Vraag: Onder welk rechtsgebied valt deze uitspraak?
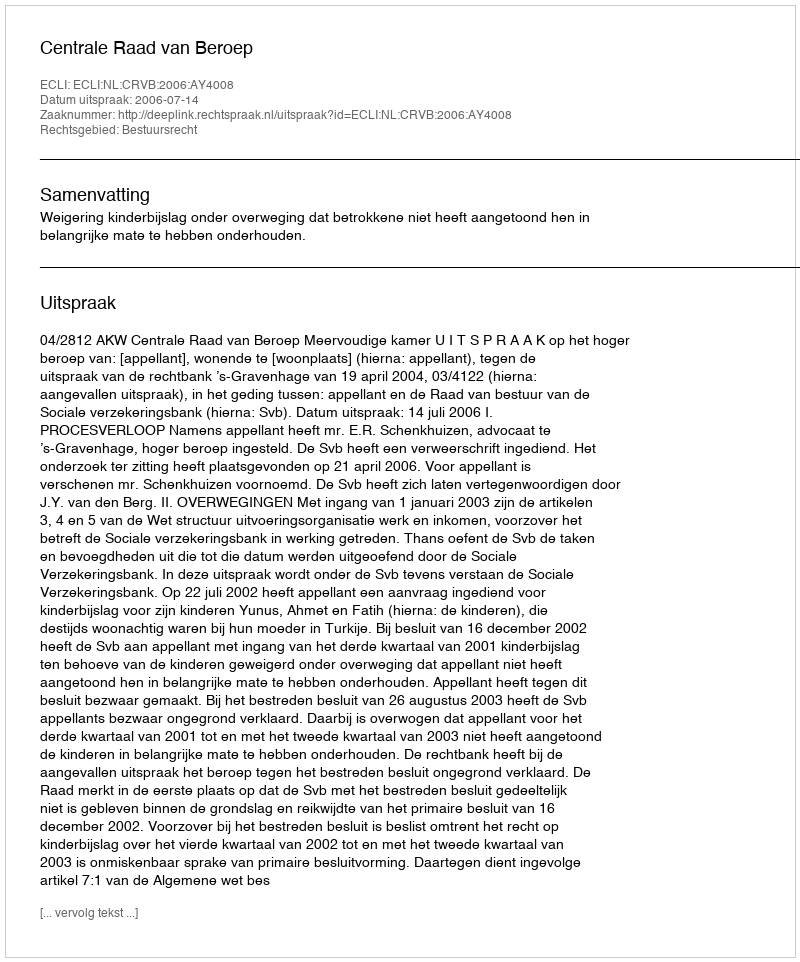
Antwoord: Bestuursrecht